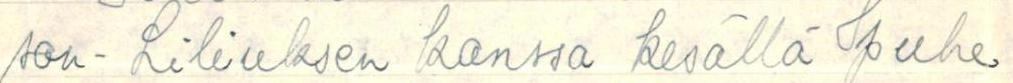
son - Liliuksen kanssa kesällä puhe